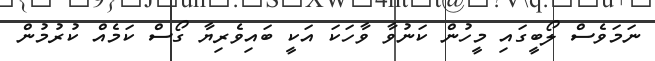
ނަމަވެސް ލޯބީގައި މީހުން ކަނުވާ ވާހަކަ އަކީ ބައިވެރިޔާ ގޯސް ކަމެއް ކުރުމުން